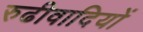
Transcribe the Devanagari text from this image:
रुढीवादियों